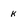
Character: k